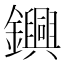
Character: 𨯵